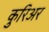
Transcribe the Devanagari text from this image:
कुरिअर